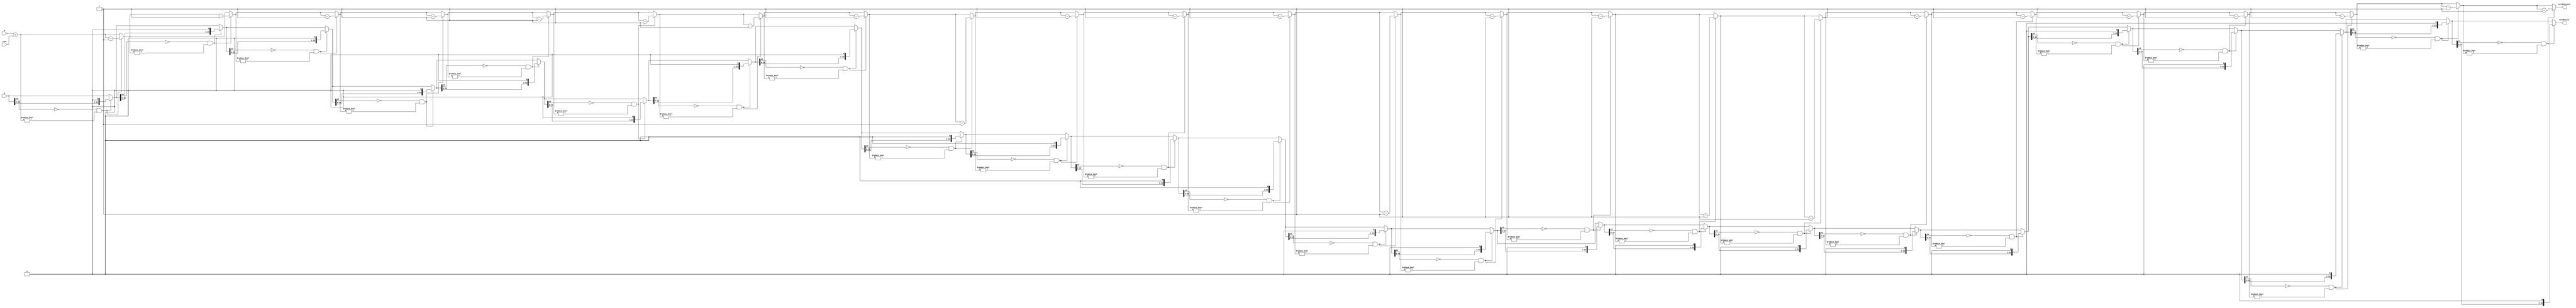
module Normalize (
    input [7:0] e,
    input [23:0] a,
    input cout,
    output [7:0] normExponent,
    output [23:0] normResult
);


reg [7:0] tempExponent;
reg [23:0] tempResult;



integer i;

always @* 

begin
tempResult= a;
tempExponent = e + cout;
for (i=23 ; i>=0 ; i=i-1)
begin

if(tempResult[23]!=1'b1&& tempExponent!=8'h00)
begin
tempResult = tempResult<<1'b1;
tempExponent = tempExponent-1'b1;
end
end
end  

assign normResult=tempResult;
assign normExponent =tempExponent;


endmodule